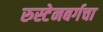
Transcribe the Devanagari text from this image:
रुस्टेनबर्गचा